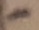
Text: -